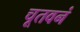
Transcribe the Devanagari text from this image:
चूतवनं